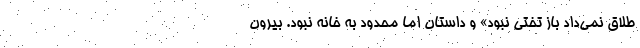
طلاق نمی‌داد باز تختی نبود» و داستان اما محدود به خانه نبود. بیرون